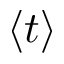
\left\langle t \right\rangle